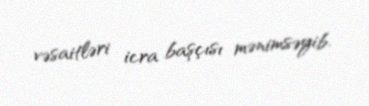
vəsaitləri icra başçısı mənimsəyib.